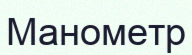
Манометр